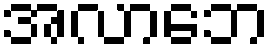
အလာဘေ